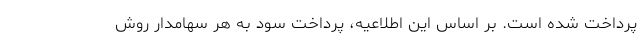
پرداخت شده است. بر اساس این اطلاعیه، پرداخت سود به هر سهامدار روش